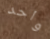
واحد